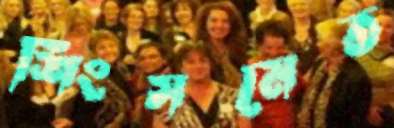
শিংসমেত